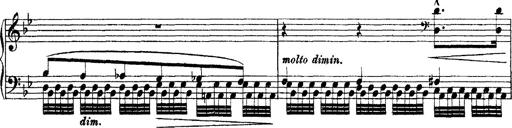
Title: Grandes Ã©tudes de Paganini
Composer: Franz Liszt